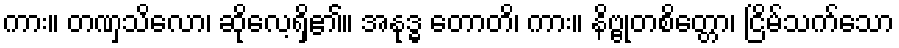
ကား။ တဏှသိလော၊ ဆိုလေ့ရှိ၏။ အနုဒ္ဓ တောတိ၊ ကား။ နိဗ္ဗုတစိတ္တော၊ ငြိမ်သက်သော